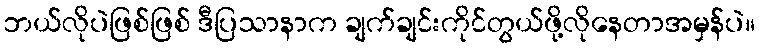
ဘယ်လိုပဲဖြစ်ဖြစ် ဒီပြသာနာက ချက်ချင်းကိုင်တွယ်ဖို့လိုနေတာအမှန်ပဲ။